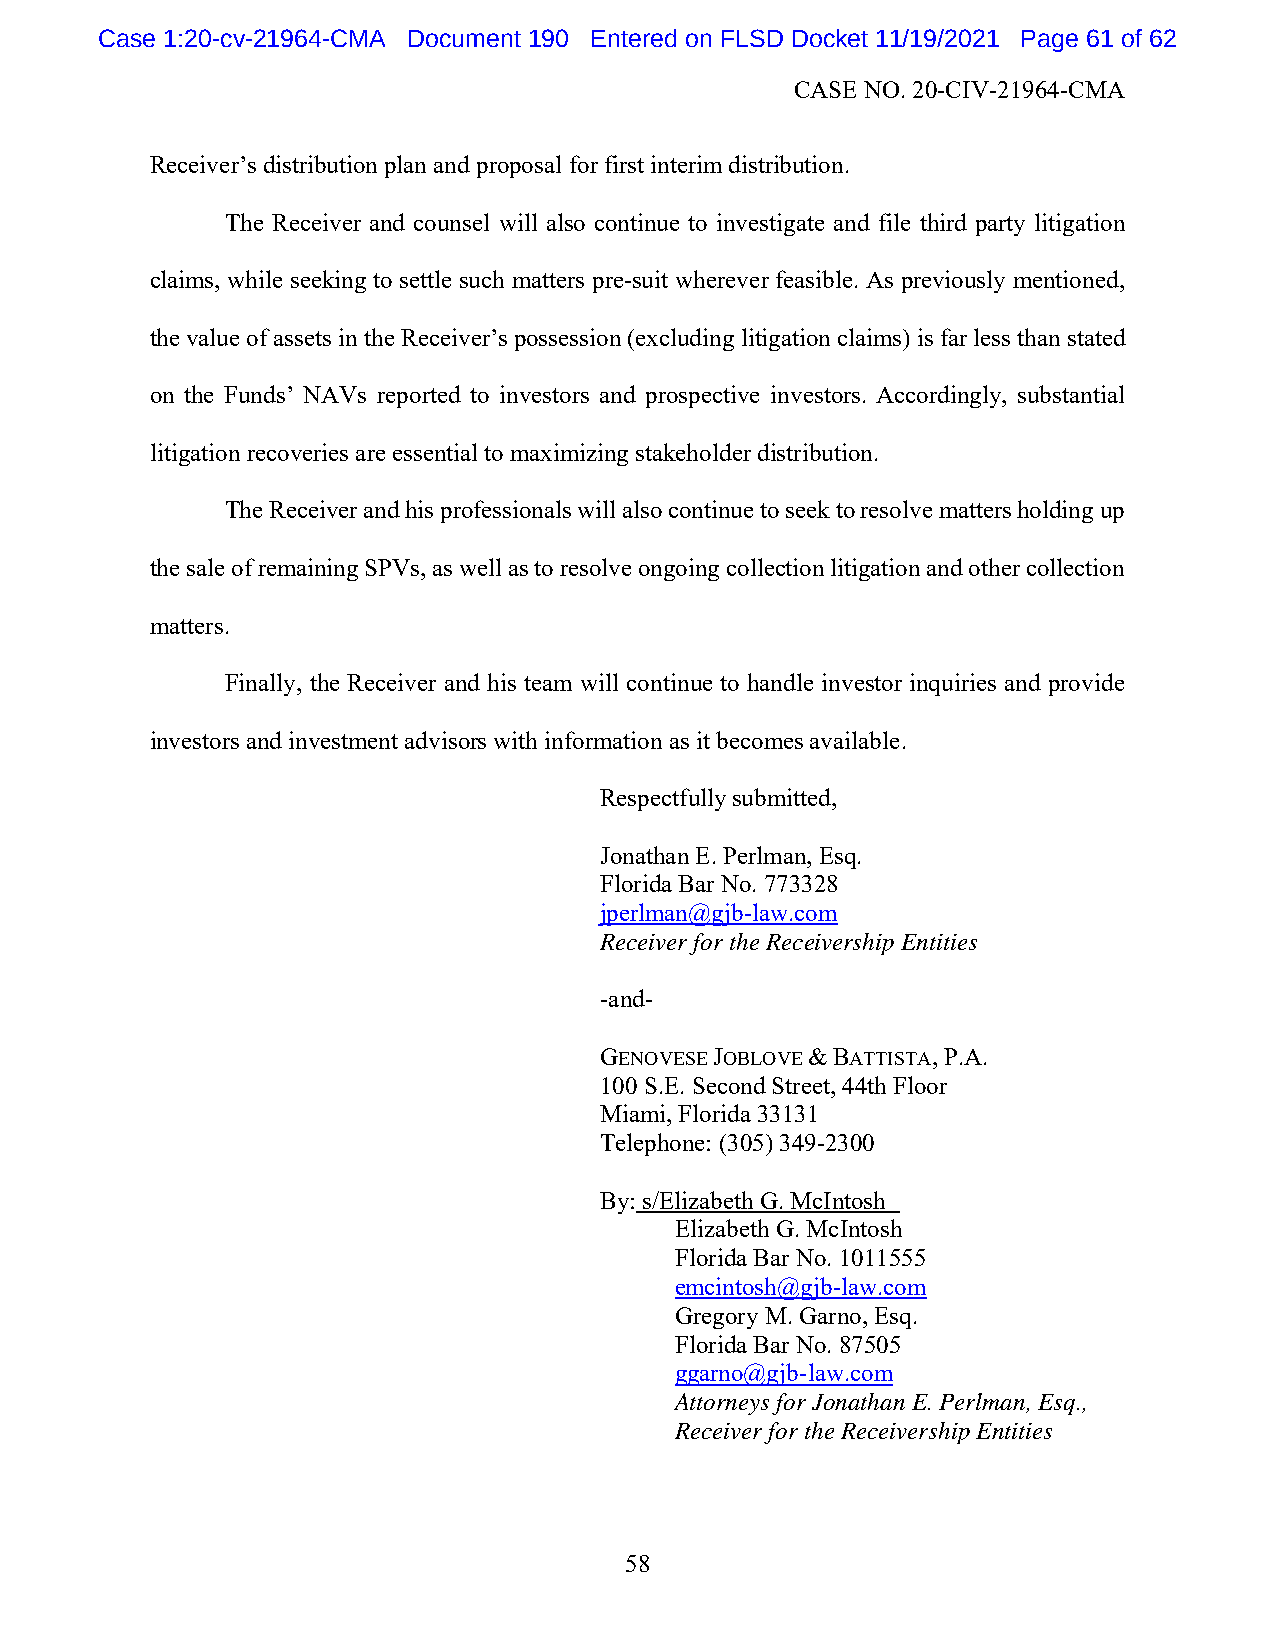
Case 1:20-cv-21964-CMA Document 190 Entered on FLSD Docket 11/19/2021 Page 61 of 62
 CASE NO. 20-CIV-21964-CMA
 Receiver’s distribution plan and proposal for first interim distribution.
 The Receiver and counsel will also continue to investigate and file third party litigation
 claims, while seeking to settle such matters pre-suit wherever feasible. As previously mentioned,
 the value of assets in the Receiver’s possession (excluding litigation claims) is far less than stated
 on the Funds’ NAVs reported to investors and prospective investors. Accordingly, substantial
 litigation recoveries are essential to maximizing stakeholder distribution.
 The Receiver and his professionals will also continue to seek to resolve matters holding up
 the sale of remaining SPVs, as well as to resolve ongoing collection litigation and other collection
 matters.
 Finally, the Receiver and his team will continue to handle investor inquiries and provide
 investors and investment advisors with information as it becomes available.
 Respectfully submitted,
 Jonathan E. Perlman, Esq.
 Florida Bar No. 773328
 jperlman@gjb-law.com
 Receiver for the Receivership Entities
 -and-
 GENOVESE JOBLOVE & BATTISTA, P.A.
 100 S.E. Second Street, 44th Floor
 Miami, Florida 33131
 Telephone: (305) 349-2300
 By: s/Elizabeth G. McIntosh
 Elizabeth G. McIntosh
 Florida Bar No. 1011555
 emcintosh@gjb-law.com
 Gregory M. Garno, Esq.
 Florida Bar No. 87505
 ggarno@gjb-law.com
 Attorneys for Jonathan E. Perlman, Esq.,
 Receiver for the Receivership Entities
 58